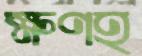
ক্ষণহ